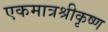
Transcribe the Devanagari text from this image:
एकमात्रश्रीकृष्ण